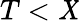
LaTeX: T<\mathit{X}